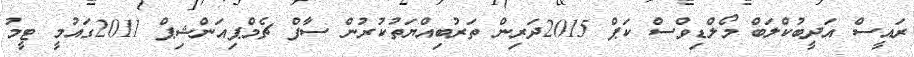
ރައީސް އަދީބުކްލަބް މޯލްޑިވްސް ކަޕް 2015ދަރިން ތަރުބިއްޔަތުކުރުން ސާފް ޗެމްޕިއަންޝިޕް 2011ގައުމީ ޓީމު